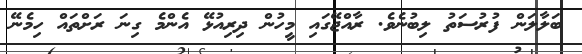
ބަލާލަން ފުރުސަތު ލިބުނެވެ. ރާއްޖޭގައި މީހުން ދިރިއުޅޭ އެންމެ ގިނަ ރަށްތައް ހިމެނޭ